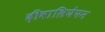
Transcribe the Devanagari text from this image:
दीवालियेपन